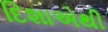
દિશાએથી